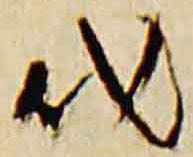
代